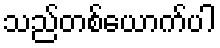
သည်တစ်ယောက်ပါ